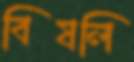
বিষলি